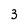
Character: 3